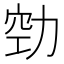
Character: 𭄲